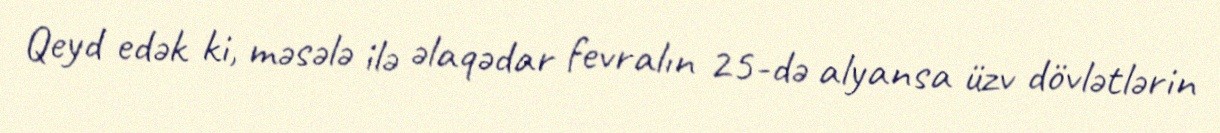
Qeyd edək ki, məsələ ilə əlaqədar fevralın 25-də alyansa üzv dövlətlərin